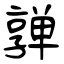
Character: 亸